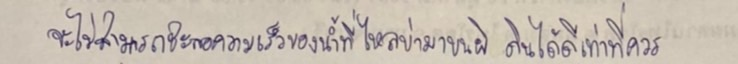
จะไม่สามารถชะลอความเร็วของน้ำที่ไหลบ่ามาบนผิวดินได้ดีเท่าที่ควร